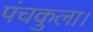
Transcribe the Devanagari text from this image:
पंचकुला।